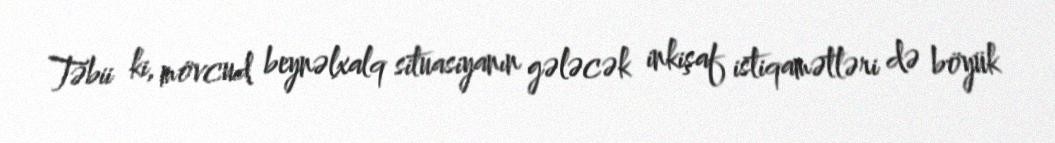
Təbii ki, mövcud beynəlxalq situasiyanın gələcək inkişaf istiqamətləri də böyük